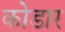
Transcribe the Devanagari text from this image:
कोडार